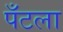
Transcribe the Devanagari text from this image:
पँटला